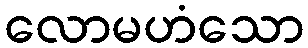
လောမဟံသော